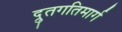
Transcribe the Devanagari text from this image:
द्रुतगतिमार्ग